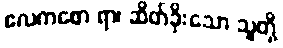
ဧလကစော ရာ၊ ဆိတ်ခိုးသော သူတို့